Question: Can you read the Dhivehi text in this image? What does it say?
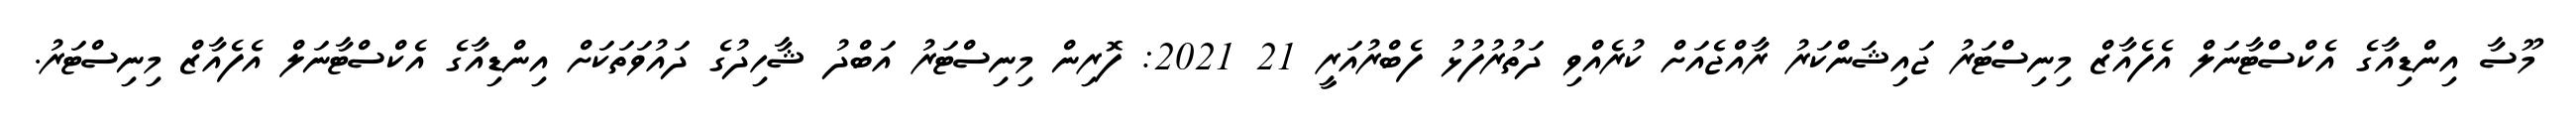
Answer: މޫސާ އިންޑިއާގެ އެކްސްޓާނަލް އެފެއާޒް މިނިސްޓަރު ޖައިޝަންކަރު ރާއްޖެއަށް ކުރެއްވި ދަތުރުފުޅު ފެބްރުއަރީ 21 2021: ފޮރިން މިނިސްޓަރު އަބްދު ޝާހިދުގެ ދައުވަތަކަށް އިންޑިއާގެ އެކްސްޓާނަލް އެފެއާޒް މިނިސްޓަރު.